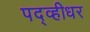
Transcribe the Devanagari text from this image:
पद्व्हीधर